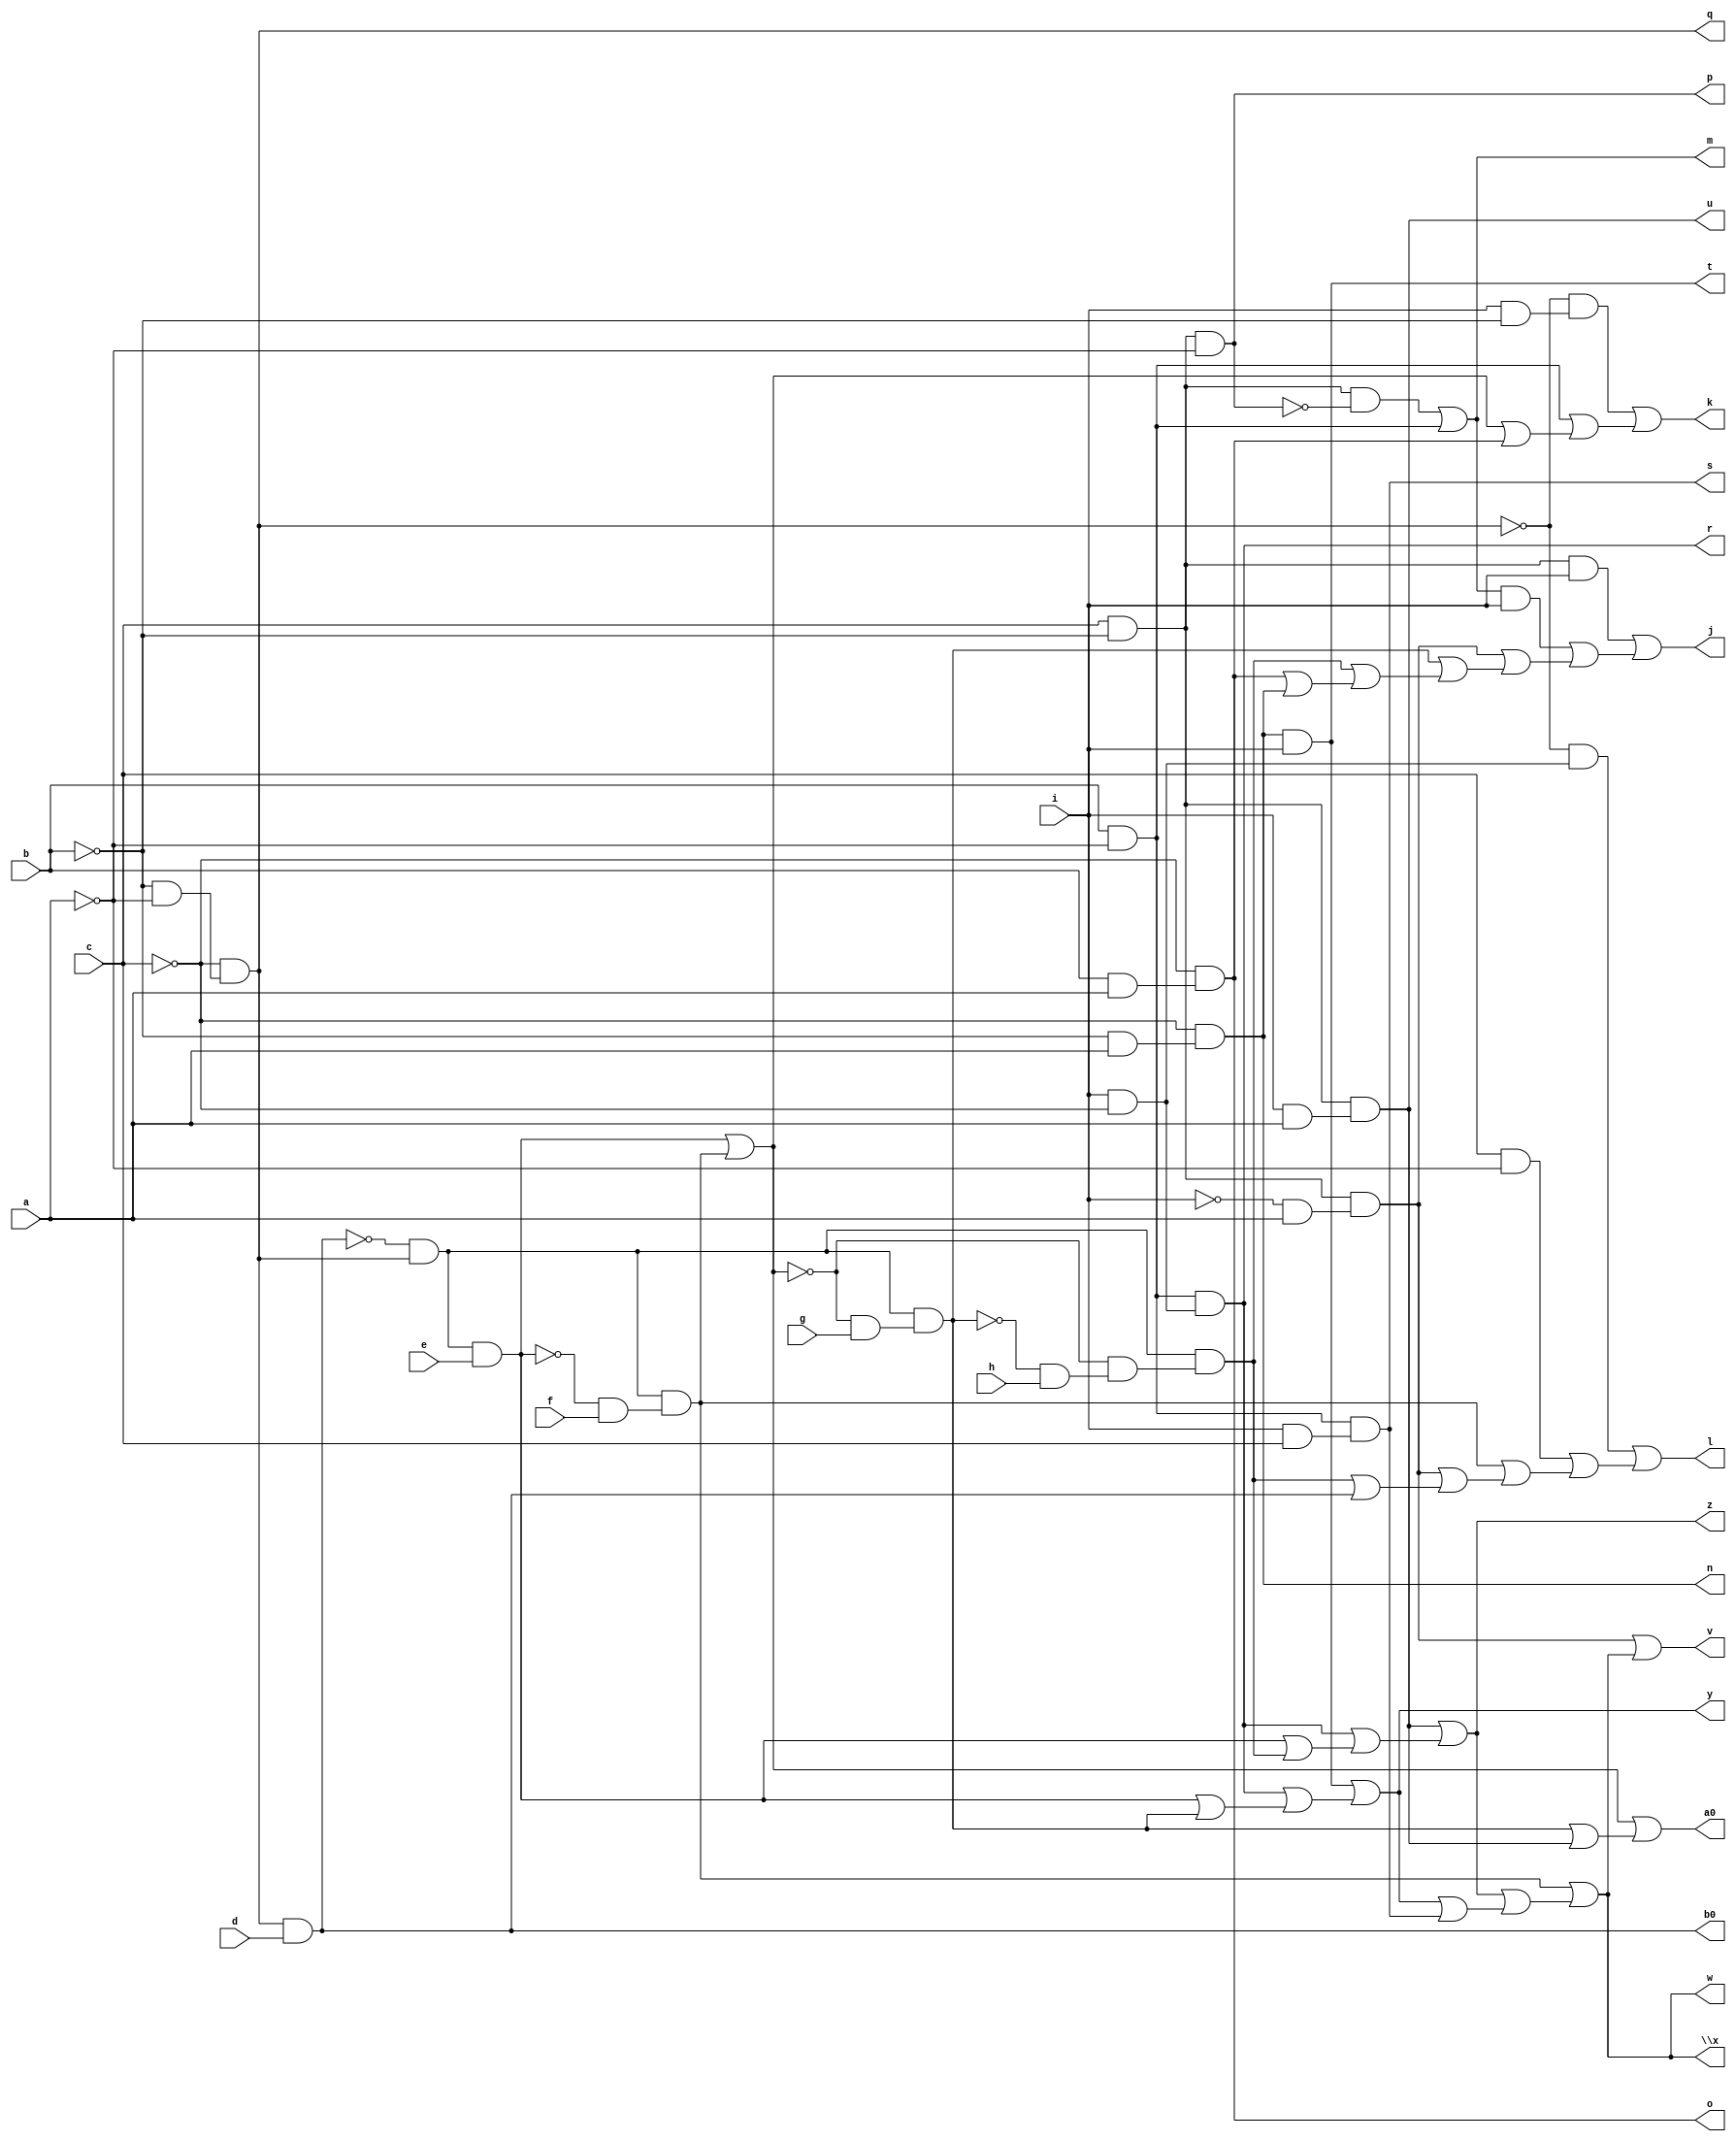
// IWLS benchmark module "ldd" printed on Wed May 29 16:09:12 2002
module ldd(a, b, c, d, e, f, g, h, i, j, k, l, m, n, o, p, q, r, s, t, u, v, w, \x , y, z, a0, b0);
input
  a,
  b,
  c,
  d,
  e,
  f,
  g,
  h,
  i;
output
  j,
  k,
  l,
  m,
  n,
  o,
  p,
  q,
  r,
  s,
  t,
  u,
  v,
  w,
  \x ,
  y,
  z,
  a0,
  b0;
wire
  \[14] ,
  \[15] ,
  \[16] ,
  \[17] ,
  p1,
  \[18] ,
  q1,
  \[19] ,
  r1,
  s1,
  \[0] ,
  \[1] ,
  \[2] ,
  \[3] ,
  \[4] ,
  \[5] ,
  \[20] ,
  \[6] ,
  \[21] ,
  z1,
  \[7] ,
  \[22] ,
  \[8] ,
  \[10] ,
  \[9] ,
  \[11] ,
  \[12] ;
assign
  \[14]  = r1 | (\[16]  | (\[15]  | \[9] )),
  \[15]  = \[10]  | (\[8]  | (s1 | q1)),
  \[16]  = \[11]  | (\[8]  | (s1 | p1)),
  \[17]  = \[20]  | (q1 | \[11] ),
  p1 = \[22]  & (~\[20]  & (~q1 & h)),
  \[18]  = \[7]  & d,
  q1 = \[22]  & (~\[20]  & g),
  j = \[0] ,
  k = \[1] ,
  l = \[2] ,
  m = \[3] ,
  n = \[4] ,
  o = \[5] ,
  \[19]  = c & ~b,
  p = \[6] ,
  q = \[7] ,
  r = \[8] ,
  s = \[9] ,
  r1 = \[22]  & (~s1 & f),
  t = \[10] ,
  u = \[11] ,
  v = \[12] ,
  w = \[14] ,
  \x  = \[14] ,
  y = \[15] ,
  z = \[16] ,
  s1 = \[22]  & e,
  \[0]  = (\[19]  & i) | ((\[3]  & i) | (z1 | (q1 | (p1 | (\[5]  | \[4] ))))),
  a0 = \[17] ,
  \[1]  = (~\[7]  & (i & ~b)) | (\[21]  | (\[20]  | \[5] )),
  b0 = \[18] ,
  \[2]  = (~\[7]  & (i & ~c)) | ((c & ~a) | (r1 | (z1 | (p1 | \[18] )))),
  \[3]  = (\[19]  & ~\[6] ) | \[21] ,
  \[4]  = ~c & (~b & a),
  \[5]  = ~c & (b & a),
  \[20]  = s1 | r1,
  \[6]  = \[19]  & ~a,
  \[21]  = b & ~a,
  z1 = \[19]  & (~i & a),
  \[7]  = ~c & (~b & ~a),
  \[22]  = ~\[18]  & \[7] ,
  \[8]  = \[21]  & (i & ~c),
  \[10]  = \[4]  & i,
  \[9]  = \[21]  & (i & c),
  \[11]  = \[19]  & (i & a),
  \[12]  = z1 | \[14] ;
endmodule